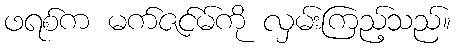
ဖရစ်က မက်ဇင်မ်ကို လှမ်းကြည့်သည်။